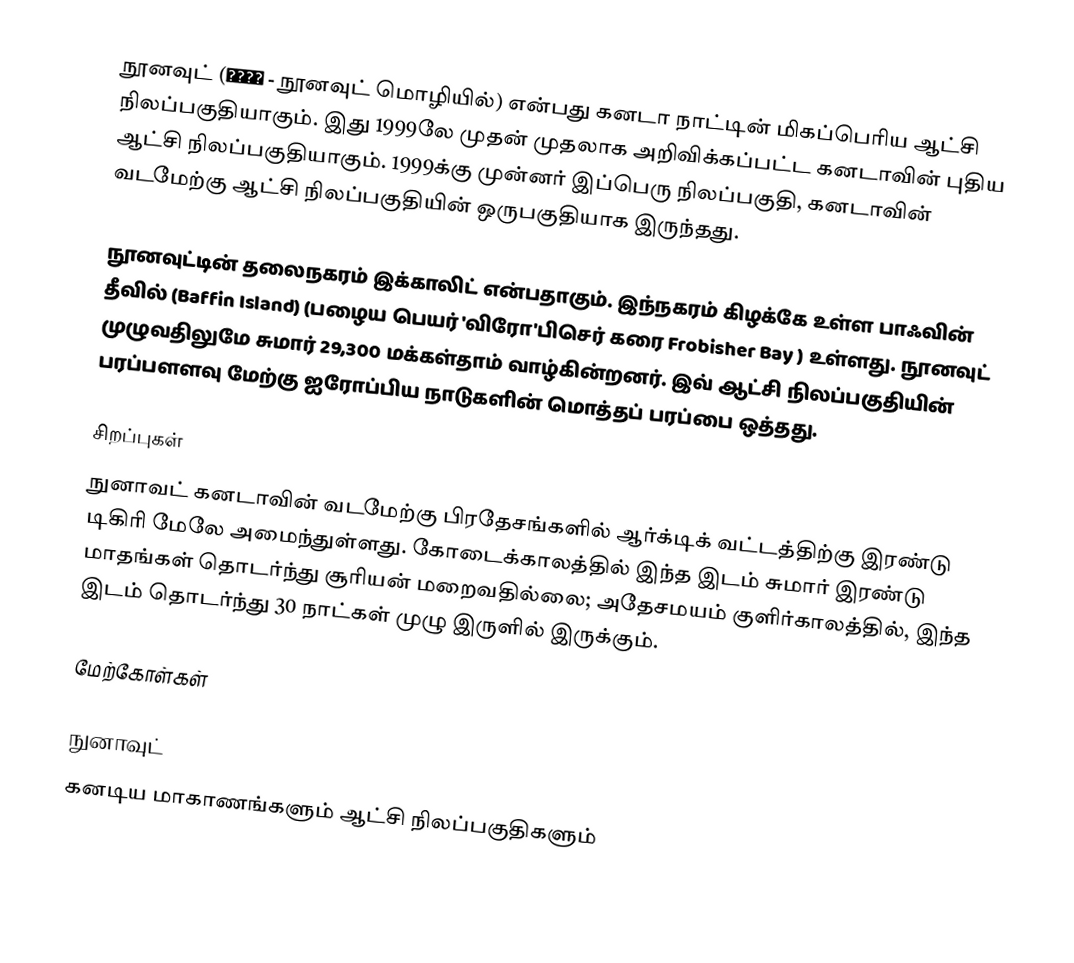
நூனவுட் (ᓄᓇᕗᑦ - நூனவுட்  மொழியில்) என்பது கனடா நாட்டின் மிகப்பெரிய ஆட்சி நிலப்பகுதியாகும். இது 1999லே முதன் முதலாக அறிவிக்கப்பட்ட கனடாவின் புதிய ஆட்சி நிலப்பகுதியாகும். 1999க்கு முன்னர் இப்பெரு நிலப்பகுதி, கனடாவின் வடமேற்கு ஆட்சி நிலப்பகுதியின் ஒருபகுதியாக இருந்தது.

நூனவுட்டின் தலைநகரம் இக்காலிட் என்பதாகும். இந்நகரம் கிழக்கே உள்ள பாஃவின் தீவில் (Baffin Island) (பழைய பெயர் 'விரோ'பிசெர் கரை Frobisher Bay ) உள்ளது. நூனவுட் முழுவதிலுமே சுமார் 29,300 மக்கள்தாம் வாழ்கின்றனர். இவ் ஆட்சி நிலப்பகுதியின் பரப்பளளவு மேற்கு ஐரோப்பிய நாடுகளின் மொத்தப் பரப்பை ஒத்தது.

சிறப்புகள்
நுனாவட் கனடாவின் வடமேற்கு பிரதேசங்களில் ஆர்க்டிக் வட்டத்திற்கு இரண்டு டிகிரி மேலே அமைந்துள்ளது. கோடைக்காலத்தில் இந்த இடம் சுமார் இரண்டு மாதங்கள் தொடர்ந்து சூரியன் மறைவதில்லை; அதேசமயம் குளிர்காலத்தில், இந்த இடம் தொடர்ந்து 30 நாட்கள் முழு இருளில் இருக்கும்.

மேற்கோள்கள்

நுனாவுட்
கனடிய மாகாணங்களும் ஆட்சி நிலப்பகுதிகளும்